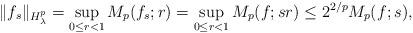
LaTeX: \begin{align*}\|f_s\|_{H_{\lambda}^p}=\sup_{0\le r <1}M_p(f_s;r)=\sup_{0\le r <1}M_p(f;sr)\le 2^{2/p}M_p(f;s),\end{align*}